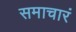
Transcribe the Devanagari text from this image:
समाचारं